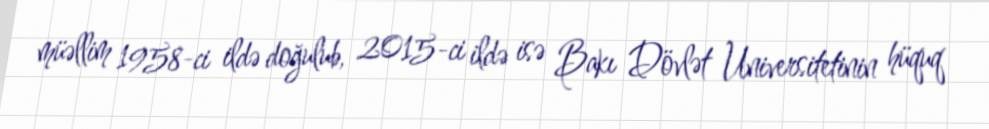
müəllim 1958-ci ildə doğulub, 2015-ci ildə isə Bakı Dövlət Universitetinin hüquq